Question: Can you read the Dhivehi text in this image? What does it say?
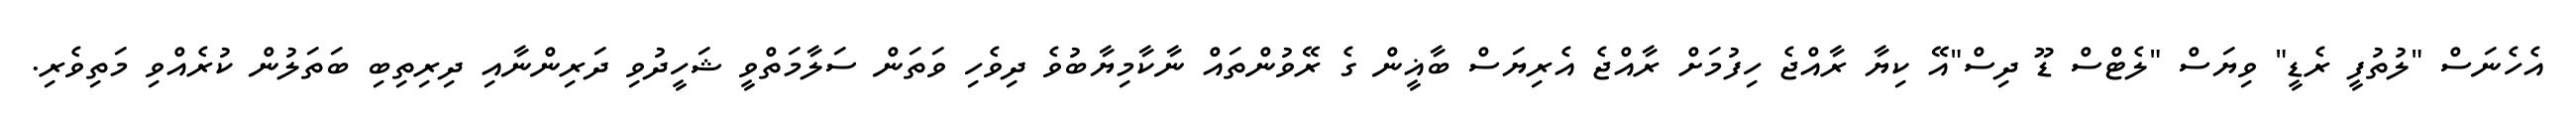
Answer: އެހެނަސް "ލުތުފީ ރެޑީ" ވިޔަސް "ލެޓްސް ޑޫ ދިސް"އޭ ކިޔާ ރާއްޖެ ހިފުމަށް ރާއްޖެ އެރިޔަސް ބާޣީން ގެ ރޭވުންތައް ނާކާމިޔާބުވެ ދިވެހި ވަތަން ސަލާމަތްވީ ޝަހީދުވި ދަރިންނާއި ދިރިތިބި ބަތަލުން ކުރެއްވި މަތިވެރި.